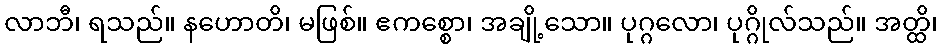
လာဘီ၊ ရသည်။ နဟောတိ၊ မဖြစ်။ ဧကစ္စော၊ အချို့သော။ ပုဂ္ဂလော၊ ပုဂ္ဂိုလ်သည်။ အတ္ထိ၊